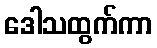
ဒေါသထွက်ကာ